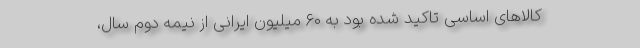
کالاهای اساسی تاکید شده بود به ۶۰ میلیون ایرانی از نیمه دوم سال،‌